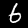
Digit: 6